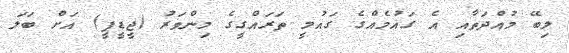
ލިބޭ މުއްދަތާއި އެ ގައުމެއްގެ ގައުމީ ތަރައްގީގެ މިންވަރު (ޖީޑީޕީ) އަށް ބަލަ